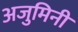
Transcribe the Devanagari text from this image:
अजुमिनी